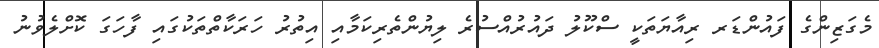
މެގަޒިންގެ ފައުންޑަރ ރިއާޔަތަކީ ސްކޫލު ދައުރުއްސުރެ ލިޔުންތެރިކަމާއި އިތުރު ހަރަކާތްތަކުގައި ފާހަގަ ކޮށްލެވުނު